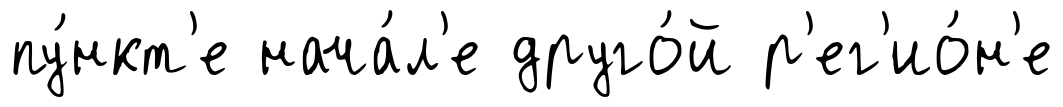
пу́нкт'е нача́л'е друго́й р'ег'ио́н'е